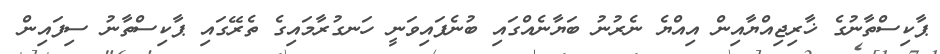
ޕާކިސްތާނުގެ ޚާރިޖިއްޔާއިން އިއްޔެ ނެރުނު ބަޔާނެއްގައި ބުނެފައިވަނީ ހަނގުރާމައިގެ ތެރޭގައި ޕާކިސްތާނު ސިފައިން